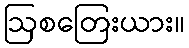
ဩစတြေးယား။